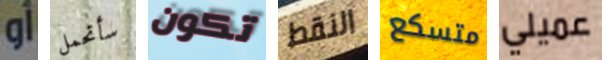
أو سأتحمل تكون النقط متسكع عميلي